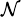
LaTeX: _\mathcal{N}